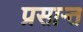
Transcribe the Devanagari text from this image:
प्रसान्त